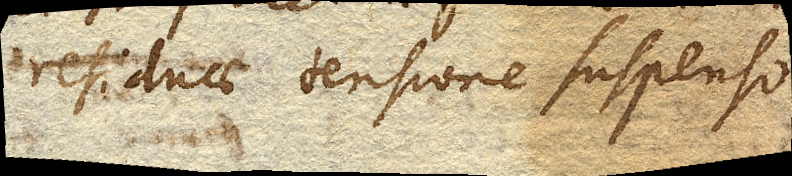
residuae tensione suspenso